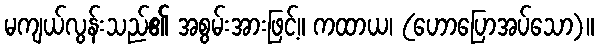
မကျယ်လွန်းသည်၏ အစွမ်းအားဖြင့်။ ကထာယ၊ (ဟောပြောအပ်သော)။